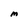
Character: M